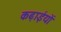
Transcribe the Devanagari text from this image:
कढ़ाईयों